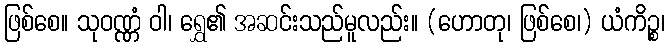
ဖြစ်စေ။ သုဝဏ္ဏံ ဝါ၊ ရွှေ၏ အဆင်းသည်မူလည်း။ (ဟောတု၊ ဖြစ်စေ၊) ယံကိဉ္စ၊